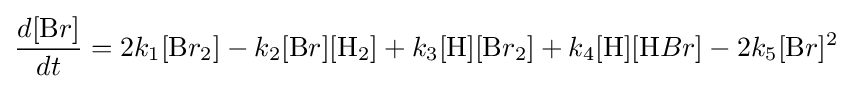
{\frac {d[{\ce {B}}r]}{dt}}=2k_{1}[{\ce {B}}r_{2}]-k_{2}[{\ce {B}}r][{\ce {H}}_{2}]+k_{3}[{\ce {H}}][{\ce {B}}r_{2}]+k_{4}[{\ce {H}}][{\ce {H}}Br]-2k_{5}[{\ce {B}}r]^{2}